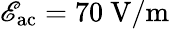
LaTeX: \mathscr{E}_{\mathrm{{ac}}}=70~\mathrm{{V/m}}